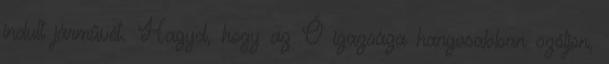
indult járművét. Hagyd, hogy az Ő igazsága hangosabban szóljon,